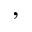
^ \mathrm { , }